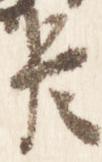
臣